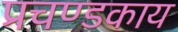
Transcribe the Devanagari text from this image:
प्रचण्डकाय